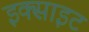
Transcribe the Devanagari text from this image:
इक्साइट